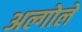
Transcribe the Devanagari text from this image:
अल्गोले